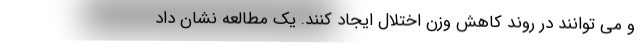
و می توانند در روند کاهش وزن اختلال ایجاد کنند. یک مطالعه نشان داد